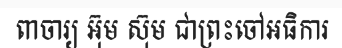
ពាចារ្យ អ៊ុម ស៊ុម ជាព្រះចៅអធិការ